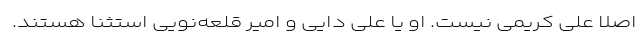
اصلا علی کریمی نیست. او یا علی دایی و امیر قلعه‌نویی استثنا هستند.